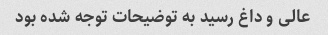
عالی و داغ رسید به توضیحات توجه شده بود